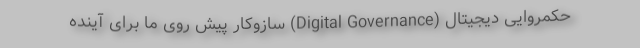
حکمروایی دیجیتال (Digital Governance) سازوکار پیش روی ما برای آینده